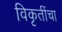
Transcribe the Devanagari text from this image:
विकृतींचा